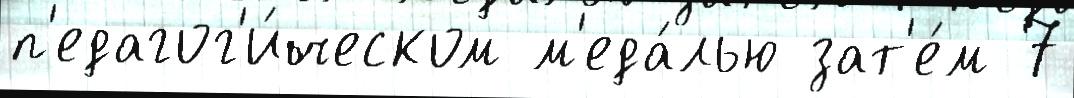
п'едагог'и́ческом м'еда́лью зат'е́м 7